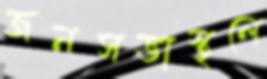
জনসভাস্থলে